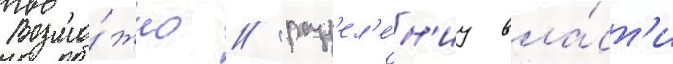
Возмо́жно / разд'ел'е́н'иу вла́ст'и